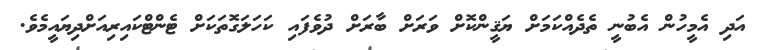
އަދި އެމީހުން އެބުނީ ތެދެއްކަމަށް ޔަޤީންކޮށް ވަރަށް ބާރަށް ދުވެފައި ކަހަލަގޮތަކަށް ޓެންޓްކައިރިއަށްދިޔައީމެވެ.